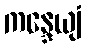
ကန္ဒေယျံ